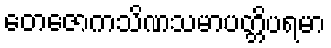
တေဇောကသိဏသမာပတ္တိပရမာ